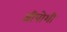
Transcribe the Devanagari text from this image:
श्रीपोशी